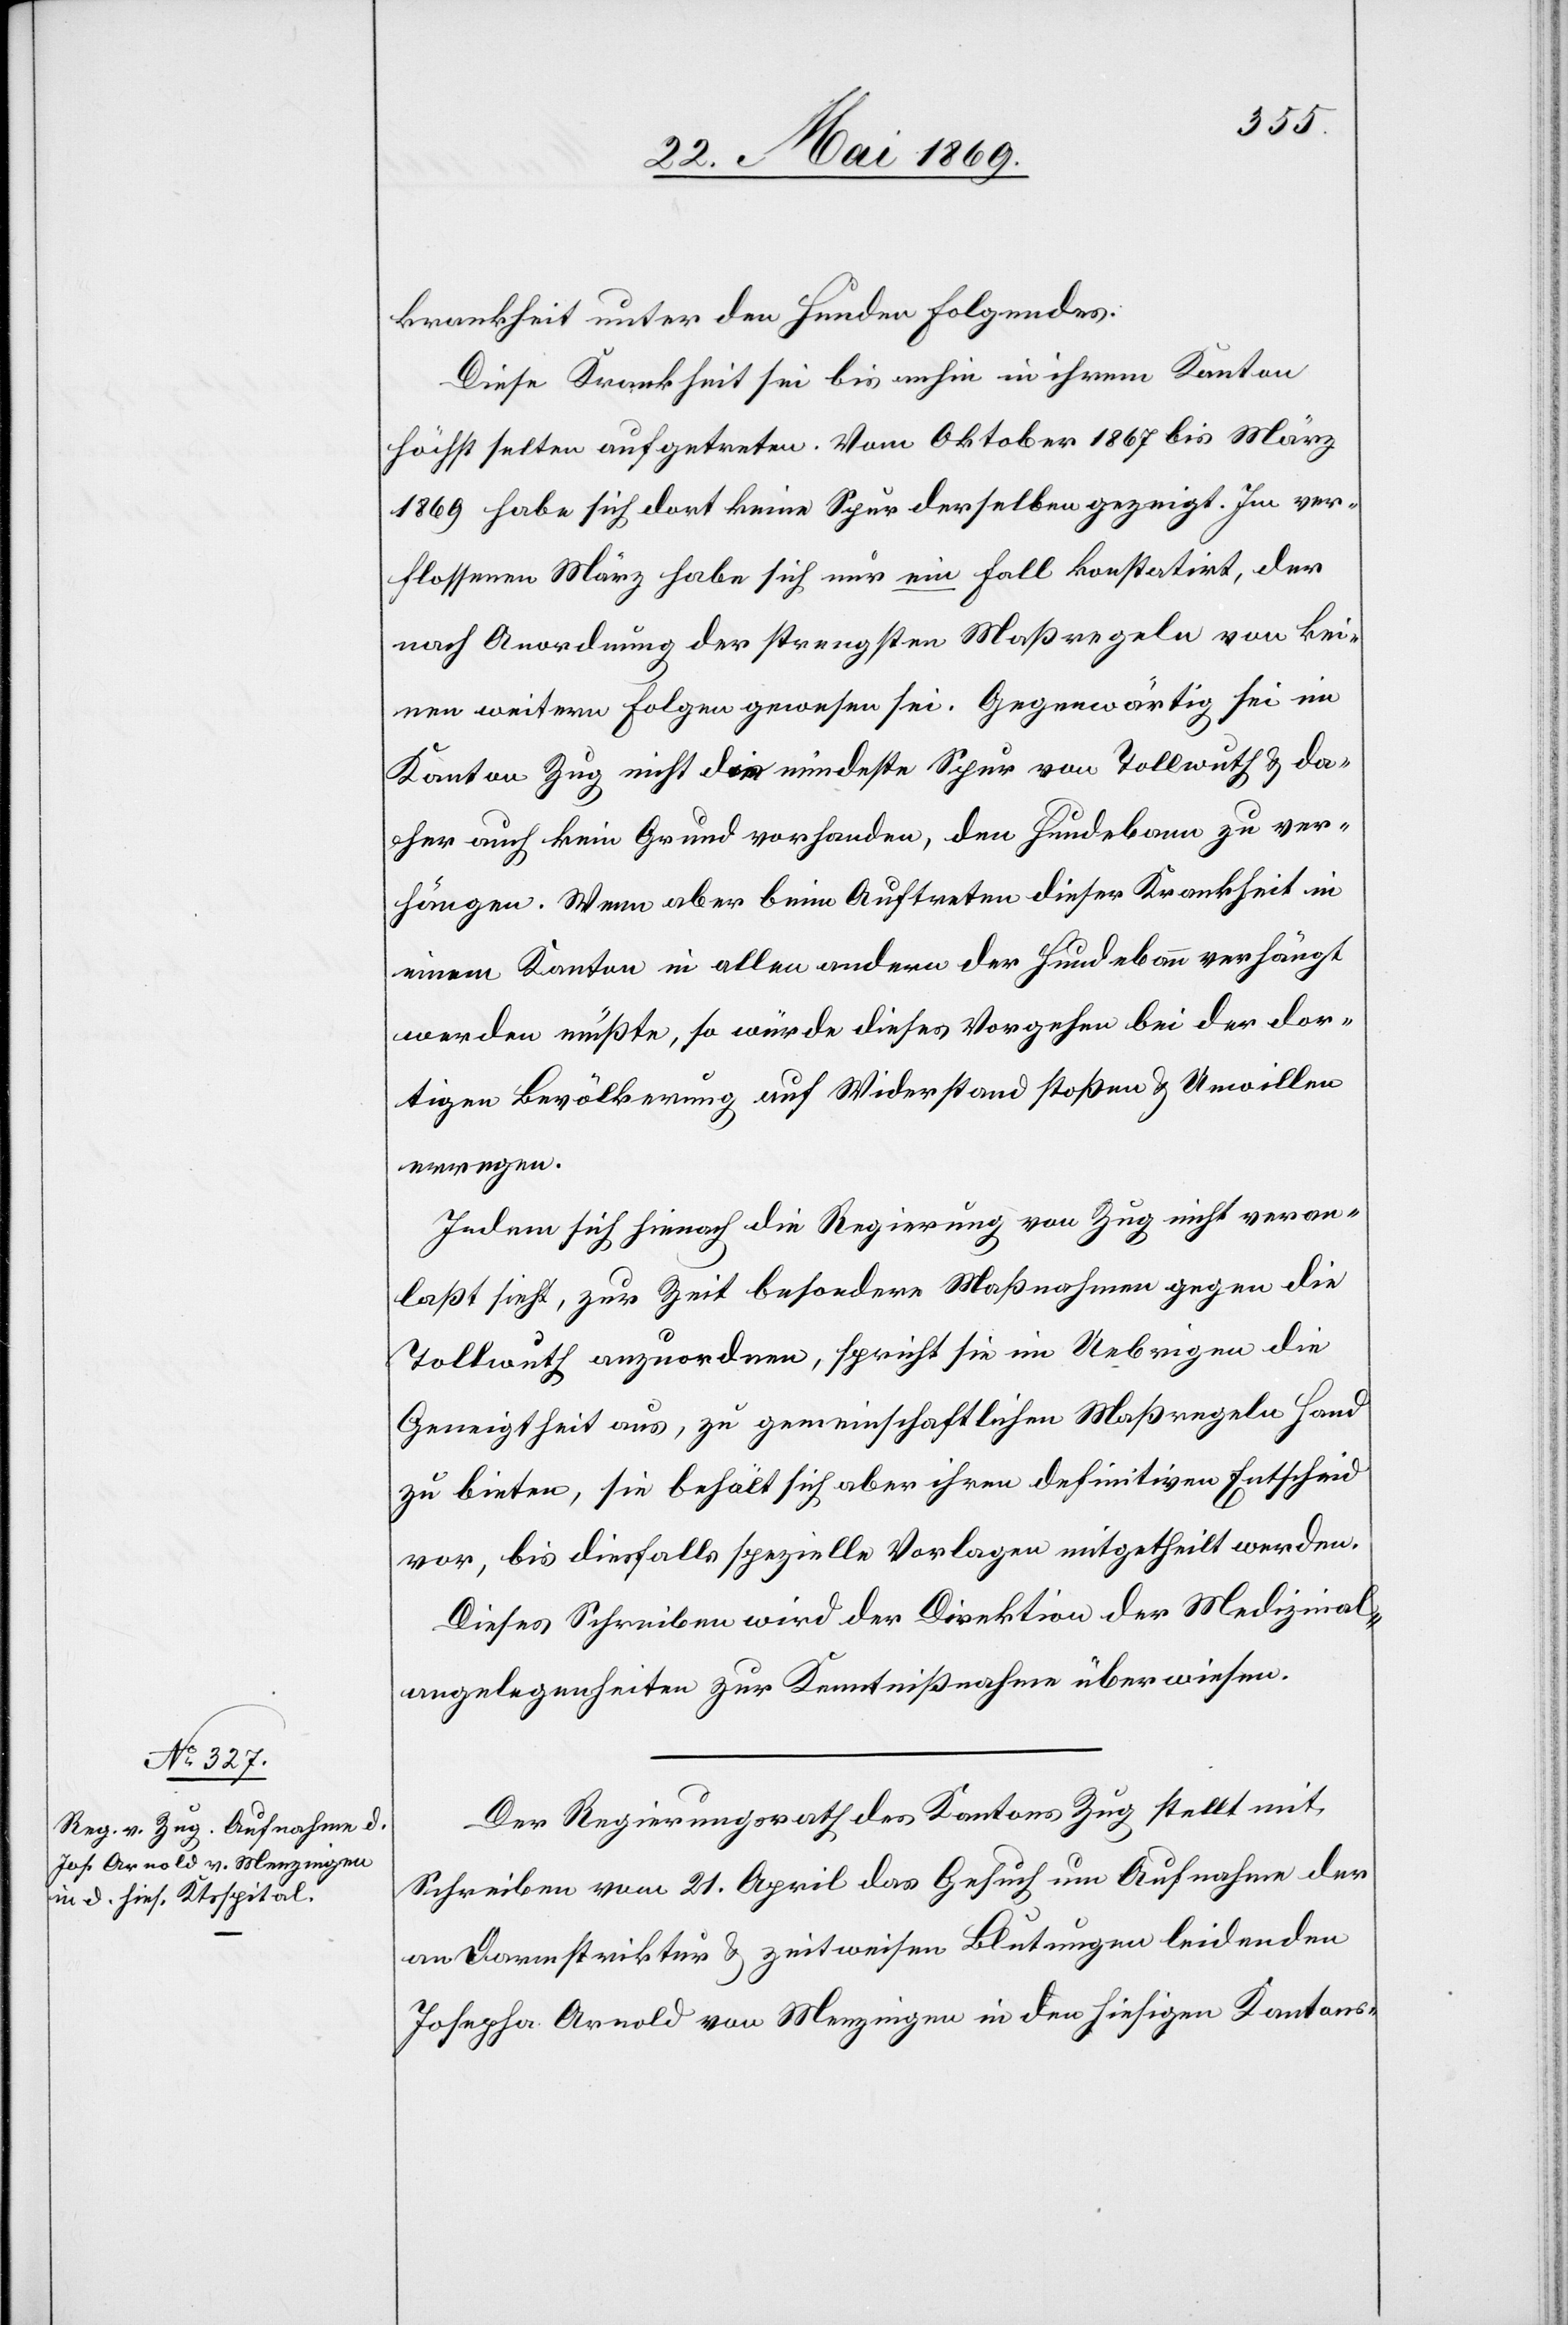
krankheit unter den Hunden Folgendes:
Diese Krankheit sei bis anhin in ihrem Kanton
höchst selten aufgetreten. Vom Oktober 1867 bis März
1869 habe sich dort keine Spur derselben gezeigt. Im ver¬
flossenen März habe sich nur ein Fall konstatirt, der
nach Anordnung der strengstens Maßregeln von kei¬
nen weitern Folgen gewesen sei. Gegenwärtig sei im
Kanton Zug nicht die mindeste Spur von Tollwuth u. da¬
her auch kein Grund vorhanden, den Hundebann zu ver¬
hängen. Wenn aber beim Auftreten dieser Krankheit in
einem Kanton in allen andern der Hundebann verhängt
werden müßte, so würde dieses Vorgehen bei der dor¬
tigen Bevölkerung auf Widerstand stoßen u. Unwillen
erregen.
Indem sich hienach die Regierung von Zug nicht veran¬
laßt sieht, zur Zeit besondere Maßnahmen gegen die
Tollwuth anzuordnen, spricht sie im Uebrigen die
Geneigtheit aus, zu gemeinschaftlichen Maßregeln Hand
zu bieten, sie behält sich aber ihren definitiven Entscheid
vor, bis diesfalls spezielle Vorlagen mitgetheilt werden.
Dieses Schreiben wird der Direktion der Medizinal¬
angelegenheiten zur Kenntnißnahme überwiesen.
Der Regierungsrath des Kantons Zug stellt mit
Schreiben vom 21 April das Gesuch um Aufnahme der
an Darmstriktur u. zeitweisen Blutungen leidenden
Josepha Arnold von Menzingen in den hiesigen Kantons-